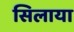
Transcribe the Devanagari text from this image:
सिलाया